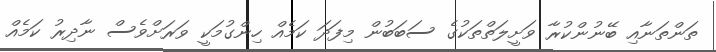
ތަންތަނާއި ބޭނުންކުރާ ވަށީލަތްތަކުގެ ސަބަބުން މިފަދަ ކަމެއް ހިންގުމަކީ ވަރަށްވެސް ނާދިރު ކަމެއް